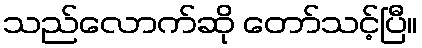
သည်လောက်ဆို တော်သင့်ပြီ။